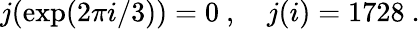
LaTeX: j(\exp(2\pi i/3))=0\ ,\quad j(i)=1728\ .